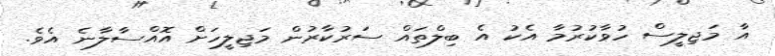
އާ މަޖިލީސް ހުވާކުރުމާ އެކު އެ ބިލްތައް ސަރުކާރުން މަޖިލީހަށް އޮއްސާލާނެ އެވެ.